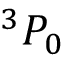
^ { 3 } P _ { 0 }